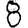
Digit: 8